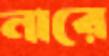
নারে